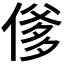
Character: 𬿇